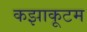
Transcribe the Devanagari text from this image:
कझाकूटम